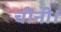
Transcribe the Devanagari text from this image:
चीनी।